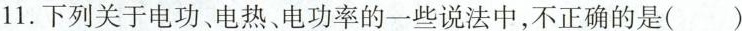
11.下列关于电功、电热、电功率的一些说法中，不正确的是( )